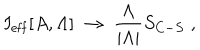
I _ { \mathrm { e f f } } [ A , \Lambda ] \; \to \; \frac { \Lambda } { | \Lambda | } S _ { C - S } \; ,